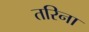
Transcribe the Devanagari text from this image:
तरिना